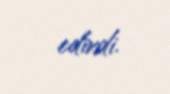
edirdi.